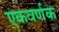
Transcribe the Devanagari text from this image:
एकवर्णक